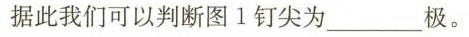
据此我们可以判断图1钉尖为___极。